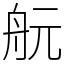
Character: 𦨞